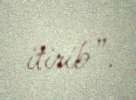
itirib”.